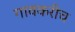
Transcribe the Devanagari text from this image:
गावकरीच